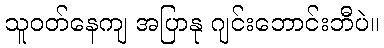
သူဝတ်နေကျ အပြာနု ဂျင်းဘောင်းဘီပဲ။